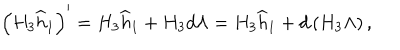
\left( H _ { 3 } \widehat h _ { 1 } \right) ^ { \prime } = H _ { 3 } \widehat h _ { 1 } + H _ { 3 } d \Lambda = H _ { 3 } \widehat h _ { 1 } + d \left( H _ { 3 } \Lambda \right) ,